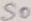
Text: S0